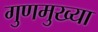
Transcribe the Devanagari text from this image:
गुणमुख्या